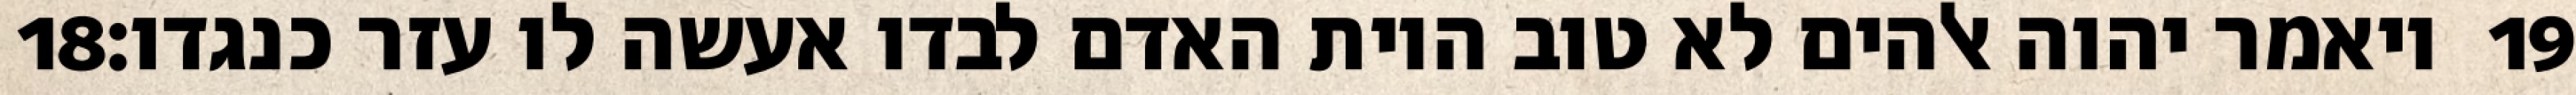
‎18‏ ויאמר יהוה אלהים לא טוב היות האדם לבדו אעשה לו עזר כנגדו׃ ‎19‏